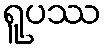
ရူပဿ